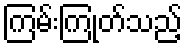
ကြမ်းကြုတ်သည့်